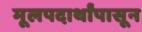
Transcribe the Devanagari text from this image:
मूलपदार्थांपासून